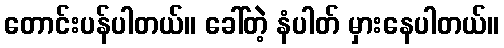
တောင်းပန်ပါတယ်။ ခေါ်တဲ့ နံပါတ် မှားနေပါတယ်။